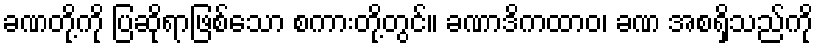
ခဏတို့ကို ပြဆိုရာဖြစ်သော စကားတို့တွင်။ ခဏာဒိကထာဝ၊ ခဏ အစရှိသည်ကို